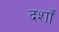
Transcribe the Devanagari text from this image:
दशाँ